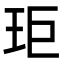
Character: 𭸾